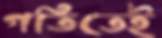
গতিতেই